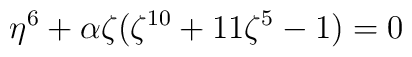
\eta^{6} + \alpha \zeta (\zeta^{10}+11\zeta^{5}-1)=0